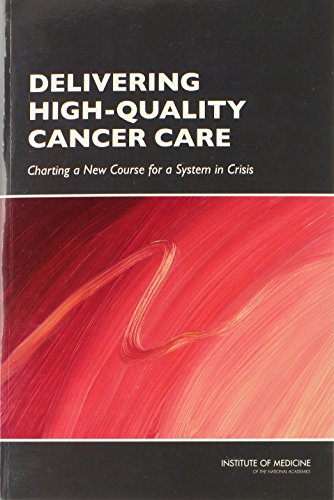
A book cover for Delivering High-Quality Cancer Care:: Charting a New Course for a System in Crisis; Committee on Improving the Quality of Cancer Care: Addressing the
Challenges of an Aging Population; Self-Help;